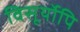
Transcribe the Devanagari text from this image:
विसूर्योपि